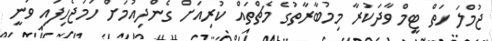
ޖުމްލަ ހަތް ޓީމް ވާދަކުރާ މިމުބާރާތުގެ މެޗްތައް ކުރިއަށް ގެންދިއުމަށް ހަމަޖެހިފައި ވަނީ